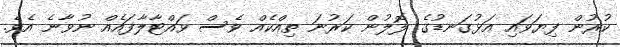
ކުރުން ފިޔަވައި އަޅުގަނޑުގެ ލޮލުން ކަރުނަ ތިއްކެއް ވެސް ވައްޓާލާފައެއް ނުވާނެ އެވެ.